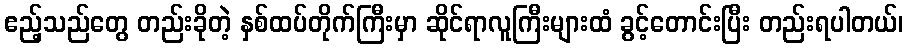
ဧည့်သည်တွေ တည်းခိုတဲ့ နှစ်ထပ်တိုက်ကြီးမှာ ဆိုင်ရာလူကြီးများထံ ခွင့်တောင်းပြီး တည်းရပါတယ်၊